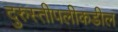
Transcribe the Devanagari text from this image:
दुरुस्तीपलीकडील